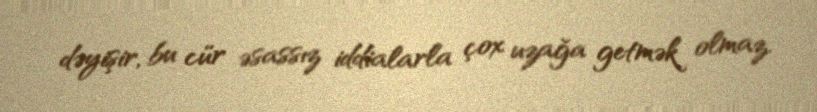
dəyişir, bu cür əsassız iddialarla çox uzağa getmək olmaz.